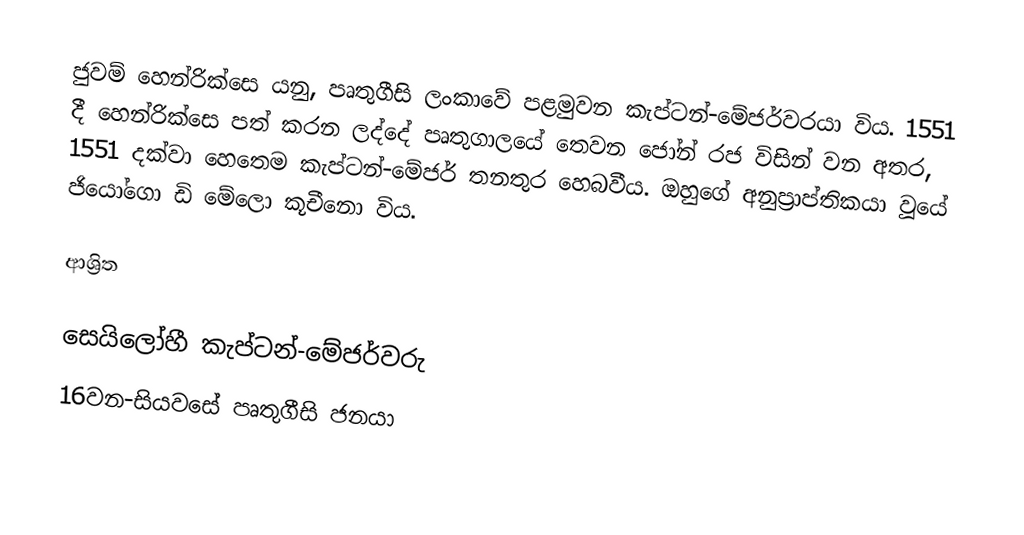
ජුවම් හෙන්රික්සෙ යනු,  පෘතුගීසි ලංකාවේ පළමුවන කැප්ටන්-මේජර්වරයා විය. 1551 දී හෙන්රික්සෙ පත් කරන ලද්දේ පෘතුගාලයේ තෙවන ජෝන් රජ විසින් වන අතර, 1551 දක්වා හෙතෙම කැප්ටන්-මේජර් තනතුර හෙබවීය. ඔහුගේ අනුප්‍රාප්තිකයා වූයේ ජියෝගො ඩි මේලො කූචීනො විය.

ආශ්‍රිත

 සෙයිලෝහී කැප්ටන්-මේජර්වරු
16වන-සියවසේ පෘතුගීසි ජනයා